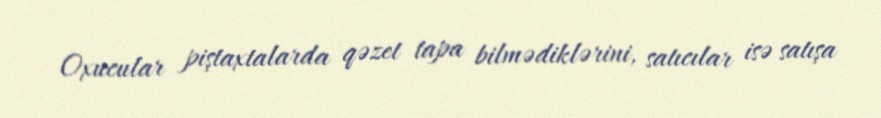
Oxucular piştaxtalarda qəzet tapa bilmədiklərini, satıcılar isə satışa